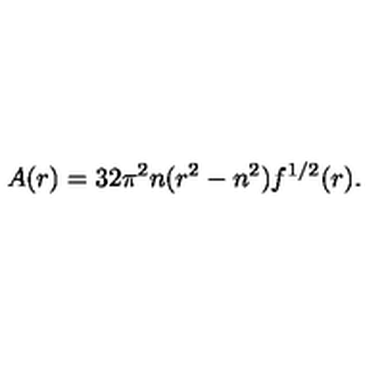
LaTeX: A ( r ) = 3 2 \pi ^ { 2 } n ( r ^ { 2 } - n ^ { 2 } ) f ^ { 1 / 2 } ( r ) .